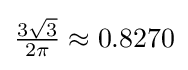
{\tfrac {3{\sqrt {3}}}{2\pi }}\approx 0.8270